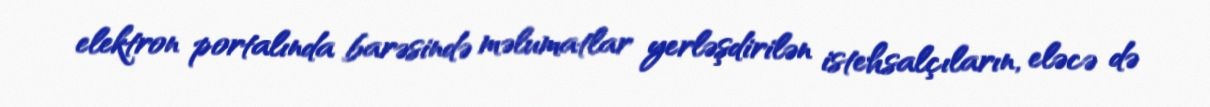
elektron portalında barəsində məlumatlar yerləşdirilən istehsalçıların, eləcə də